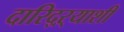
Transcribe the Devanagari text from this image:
दारिद्ऱ्याशी